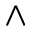
\wedge